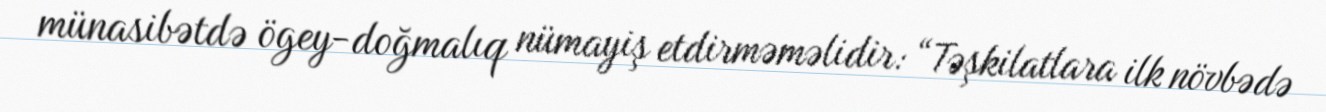
münasibətdə ögey-doğmalıq nümayiş etdirməməlidir: “Təşkilatlara ilk növbədə